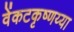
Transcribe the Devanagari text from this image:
वेंकटकृष्णय्या